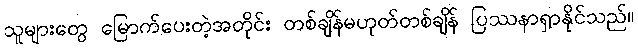
သူများတွေ မြောက်ပေးတဲ့အတိုင်း တစ်ချိန်မဟုတ်တစ်ချိန် ပြဿနာရှာနိုင်သည်။